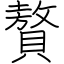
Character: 贅